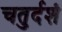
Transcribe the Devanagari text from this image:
चतुर्दशं